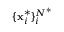
\{ \mathbf { x } _ { i } ^ { * } \} _ { i } ^ { N ^ { * } }